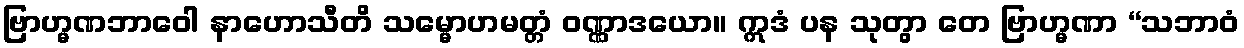
ဗြာဟ္မဏဘာဝေါ နာဟောသီတိ သမ္မောဟမတ္တံ ဝဏ္ဏာဒယော။ ဣဒံ ပန သုတွာ တေ ဗြာဟ္မဏာ “သဘာဝံ